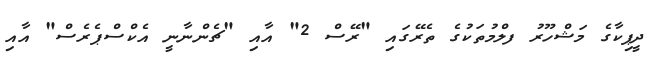
ދީޕިކާގެ މަޝްހޫރު ފލްމުތަކުގެ ތެރޭގައި "ރޭސް 2" އާއި "ޗެންނާނީ އެކްސްޕެރެސް" އާއި